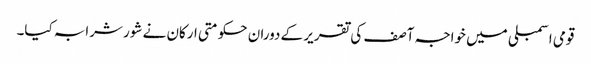
قومی اسمبلی میں خواجہ آصف کی تقریر کے دوران حکومتی ارکان نے شور شرابہ کیا۔